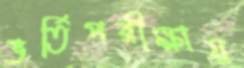
ভর্তিপরীক্ষায়